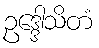
ဥဒ္ဒေါသိတံ